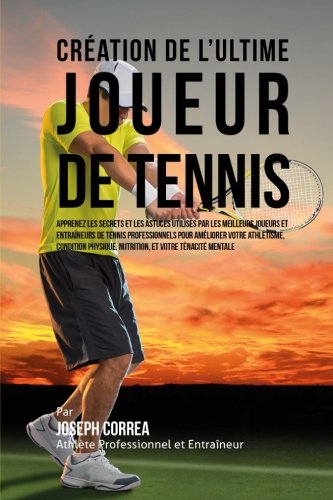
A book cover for Creation de l'Ultime Joueur de Tennis: Apprenez les secrets et les astuces utilises par les meilleurs joueurs et entraineurs de tennis professionnels ... et votre Tenacite Mentale (French Edition); Joseph Correa (Athlete Professionnel et Entraineur); Sports & Outdoors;